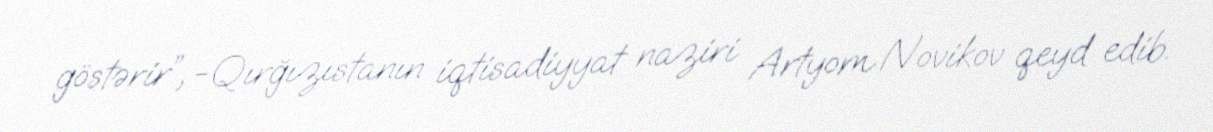
göstərir”, -Qırğızıstanın iqtisadiyyat naziri Artyom Novikov qeyd edib.